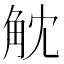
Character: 𧣁